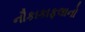
નૌકાકાફલાનો